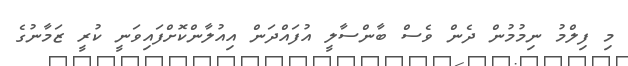
މި ފިލްމު ނިމުމުން ދެން ވެސް ބާންސާލީ އުފައްދަން އިއުލާންކޮށްފައިވަނީ ކުރީ ޒަމާނުގެ